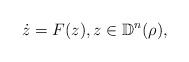
LaTeX: \begin{align*}\dot{z} = F(z), z\in \mathbb{D}^n(\rho), \end{align*}